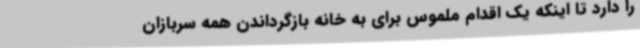
را دارد تا اینکه یک اقدام ملموس برای به خانه بازگرداندن همه سربازان